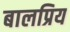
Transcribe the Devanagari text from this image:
बालप्रिय